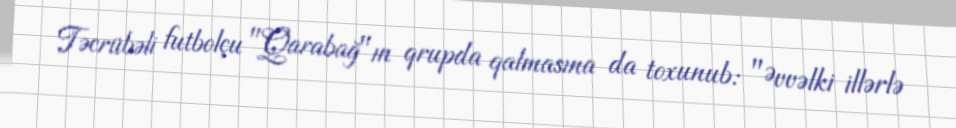
Təcrübəli futbolçu "Qarabağ"ın qrupda qalmasına da toxunub: "Əvvəlki illərlə